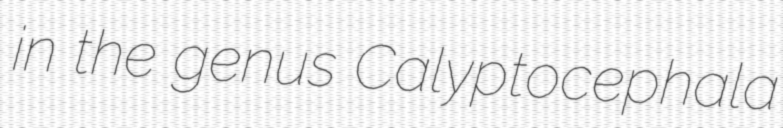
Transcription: in the genus Calyptocephala